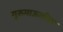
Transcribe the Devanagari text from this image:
गुरूमाऊलीला